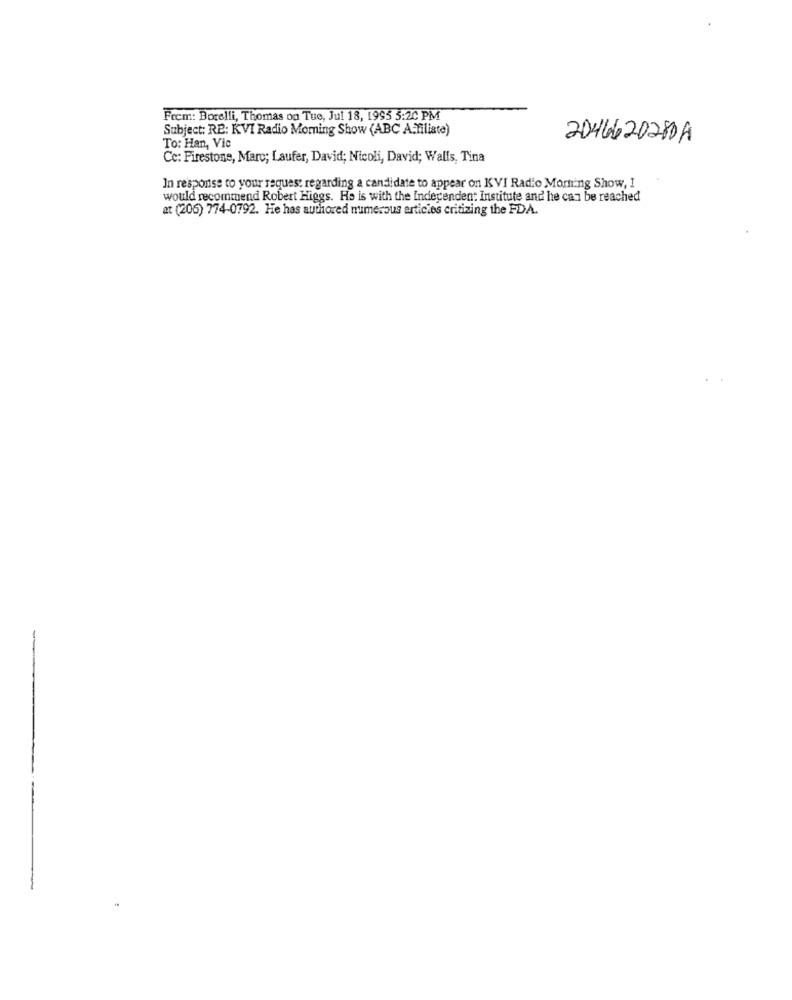
Frem: Borelli, Thomas on Tue, Jul 18, 1995 5:20 PM
Subject: RE: KVI Radio Moming Show (ABC A-filiate)
2046620280A
To: Han, Vic
Cc: Firestone, Marc; Laufer, David; Nicoli, David; Walls, Tina
In response to your request regarding a candidate to appear on KVI Radio Morning Show, I
would recommend Robert Higgs. He is with the Independent Institute and he can be reached
at (206) 774-0792. He has authored numerous articies critizing the FDA.